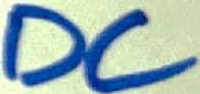
Text: DC